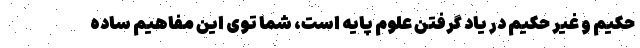
حکیم و غیر حکیم در یاد گرفتن علوم پایه است، شما توی این مفاهیم ساده